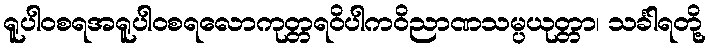
ရူပါဝစရအရူပါဝစရလောကုတ္တရဝိပါကဝိညာဏသမ္ပယုတ္တာ၊ သင်္ခါရတို့